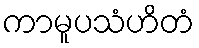
ကာမူပသံဟိတံ